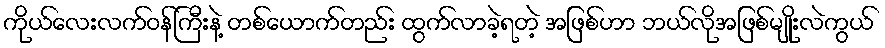
ကိုယ်လေးလက်ဝန်ကြီးနဲ့ တစ်ယောက်တည်း ထွက်လာခဲ့ရတဲ့ အဖြစ်ဟာ ဘယ်လိုအဖြစ်မျိုးလဲကွယ်